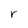
Character: r